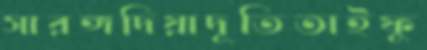
সারঙ্গদিয়াদূতিতাইফু